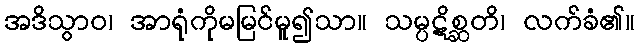
အဒိသွာဝ၊ အာရုံကိုမမြင်မူ၍သာ။ သမ္ပဋိစ္ဆတိ၊ လက်ခံ၏။